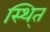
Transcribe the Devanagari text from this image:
स्थि्त